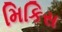
મિકિસ